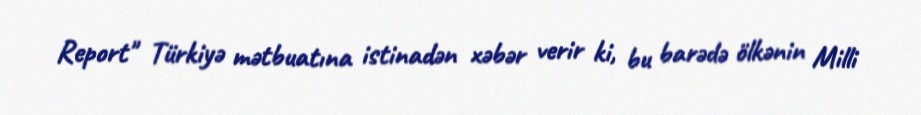
Report" Türkiyə mətbuatına istinadən xəbər verir ki, bu barədə ölkənin Milli